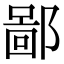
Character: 鄙